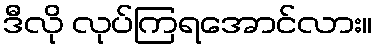
ဒီလို လုပ်ကြရအောင်လား။